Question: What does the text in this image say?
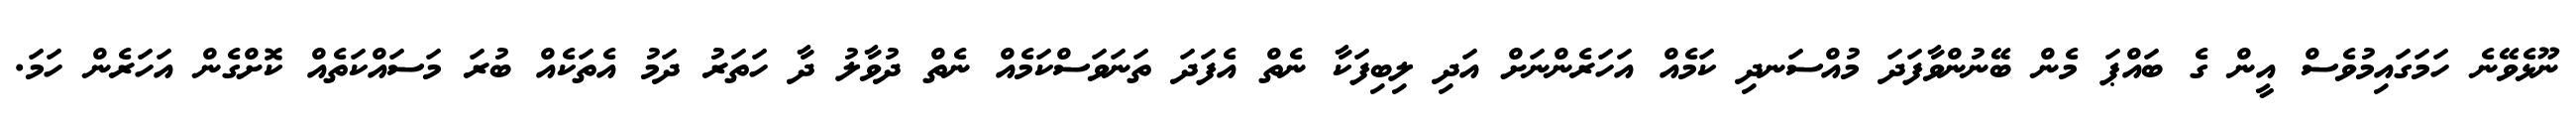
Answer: ނޫޅެވޭނެ ހަމަގައިމުވެސް އީން ގެ ބައްޕަ މެން ބޭނުންވާފަދަ މުއްސަނދި ކަމެއް އަހަރެންނަށް އަދި ލިބިފަކާ ނެތް އެފަދަ ތަނަވަސްކަމެއް ނެތް ދުވާލު ދާ ހަތަރު ދަމު އެތަކެއް ބުރަ މަސައްކަތެއް ކޮށްގެން އަހަރެން ހަމަ.